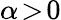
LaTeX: \alpha\! >\! 0